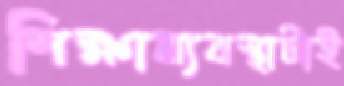
শিক্ষাব্যবস্থাটাই